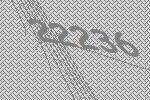
22236